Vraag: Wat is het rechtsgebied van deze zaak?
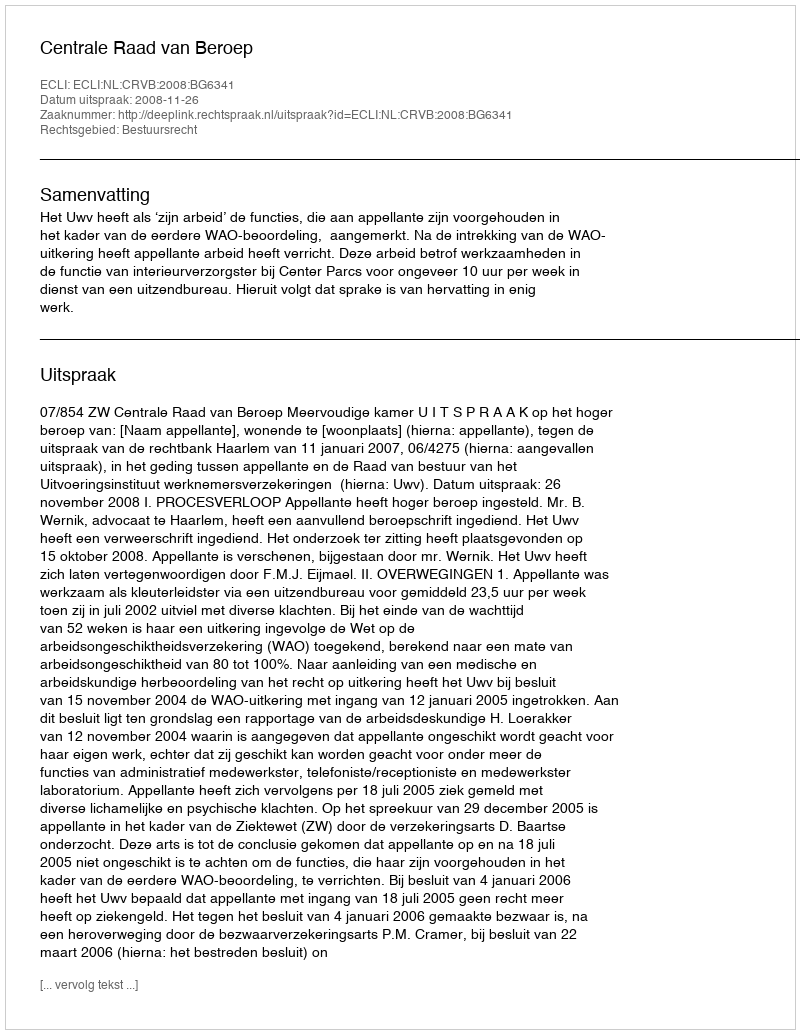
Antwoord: Bestuursrecht